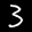
Label: 3